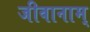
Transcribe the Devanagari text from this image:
जीवानाम्‌